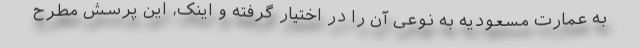
به عمارت مسعودیه به نوعی آن را در اختیار گرفته و اینک، این پرسش مطرح